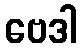
ဗေဒါ